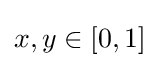
x,y\in [0,1]